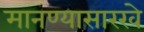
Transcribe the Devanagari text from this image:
मानण्यासारखे